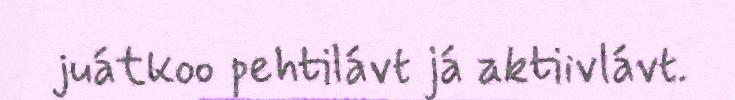
juátkoo pehtilávt já aktiivlávt.